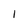
Character: I